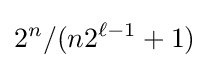
2^{n}/(n2^{\ell -1}+1)